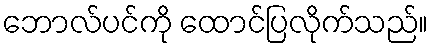
ဘောလ်ပင်ကို ထောင်ပြလိုက်သည်။